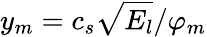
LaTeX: y_{m}=c_{s}\sqrt{E_{l}}/\varphi_{m}